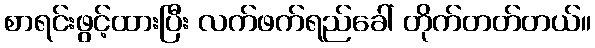
စာရင်းဖွင့်ထားပြီး လက်ဖက်ရည်ခေါ် တိုက်တတ်တယ်။